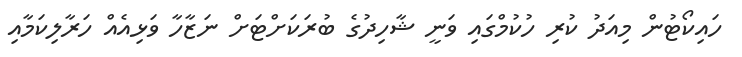
ހައިކޯޓުން މިއަދު ކުރި ހުކުމްގައި ވަނީ ޝާހިދުގެ ބުރަކަށްޓަށް ނަޒާހާ ވަޅިއެއް ހަރާލިކަމާއި